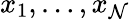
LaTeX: x_{1},\ldots,x_{\mathcal{N}}